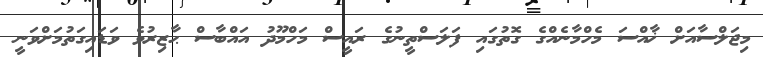
މިޖަލްސާއަށް ޚާއްސަ މެހްމާނެއްގެ ގޮތުގައި ފަލަސްތީނުގެ ރައީސް މަހްމޫދު އައްބާސް ޙާޒިރުވެ ވަޑައިގަތުމަށްވަނީ